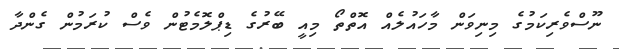
ނޫސްްވެރިކަމުގެ މިނިވަން މާހައުލެއް އޮތްތޯ މިއީ ބޭރުގެ ޑިޕްލޮމެޓުން ވެސް ކުރަމުން ގެންދާ